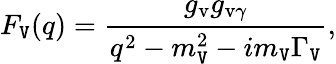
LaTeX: F_{\mathtt{V}}(q)={\frac{{g_{\mathrm{{v}}}g_{\mathrm{{v}}\gamma}}}{{q^{2}-m_{\mathtt{V}}^{2}-im_{\mathtt{V}}\Gamma_{\mathtt{V}}}}},